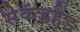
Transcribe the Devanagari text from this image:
सेकंडहैंड